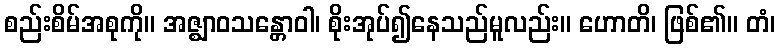
စည်းစိမ်အစုကို။ အဇ္ဈာဝသန္တောဝါ၊ စိုးအုပ်၍နေသည်မူလည်း။ ဟောတိ၊ ဖြစ်၏။ တံ၊